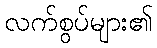
လက်စွပ်များ၏